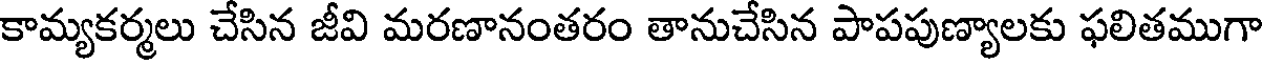
కామ్యకర్మలు చేసిన జీవి మరణానంతరం తానుచేసిన పాపపుణ్యాలకు ఫలితముగా